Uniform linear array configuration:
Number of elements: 8
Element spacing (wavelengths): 0.5
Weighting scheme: exponential
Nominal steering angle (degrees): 0
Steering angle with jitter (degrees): -0.5097
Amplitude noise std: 0.05
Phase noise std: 0.05

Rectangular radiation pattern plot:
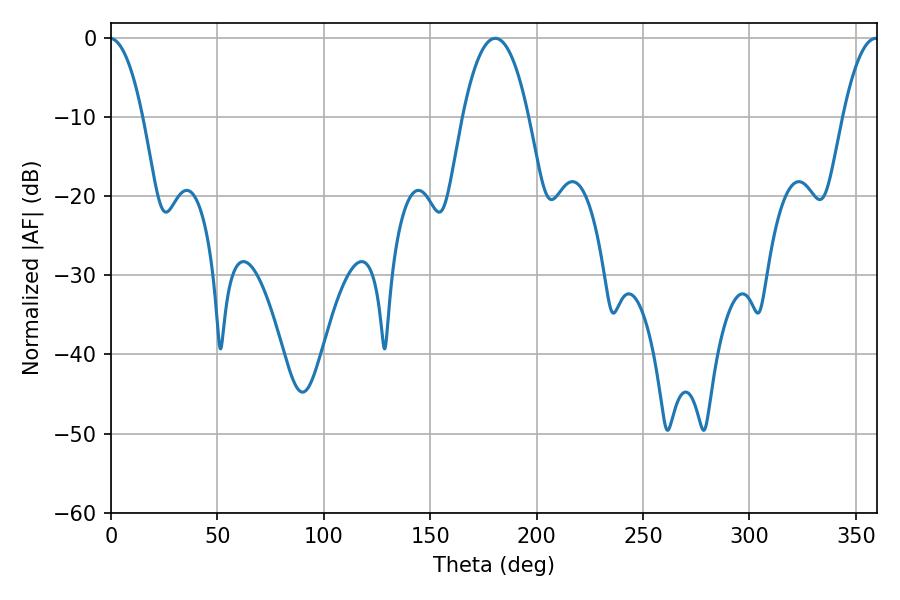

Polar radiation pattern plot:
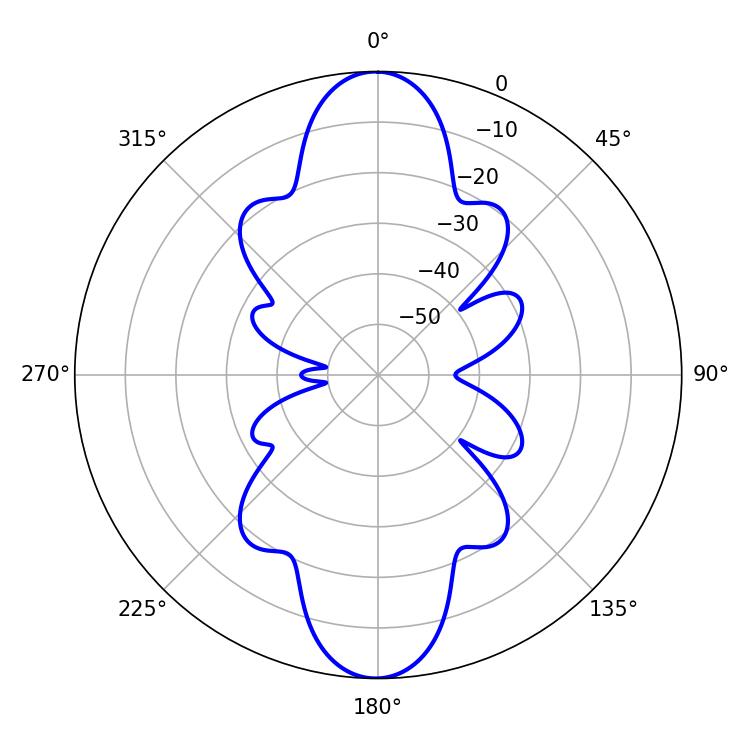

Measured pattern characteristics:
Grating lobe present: FALSE
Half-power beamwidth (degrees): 17.1
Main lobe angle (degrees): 180.54